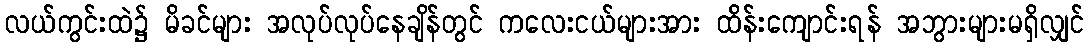
လယ်ကွင်းထဲ၌ မိခင်များ အလုပ်လုပ်နေချိန်တွင် ကလေးငယ်များအား ထိန်းကျောင်းရန် အဘွားများမရှိလျှင်